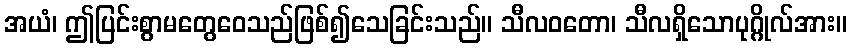
အယံ၊ ဤပြင်းစွာမတွေဝေသည်ဖြစ်၍သေခြင်းသည်။ သီလဝတော၊ သီလရှိသောပုဂ္ဂိုလ်အား။